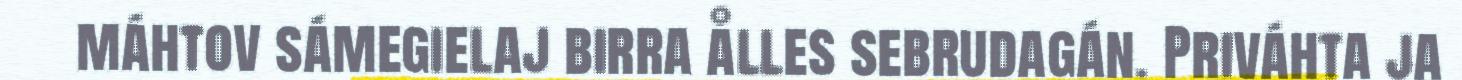
máhtov sámegielaj birra ålles sebrudagán. Priváhta ja